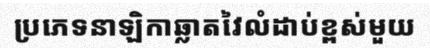
ប្រភេទនាឡិកាឆ្លាតវៃលំដាប់ខ្ពស់មួយ